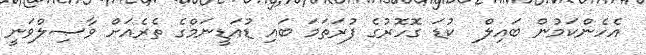
އެހެންކަމުން ބައިލް  ކުޑަ ގޮހޮރުގެ ފުރަތަމަ ބައި ޑުއަޑީނަމްގެ ތެރެއަށް ވާޞިލްވަނީ